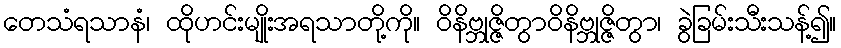
တေသံရသာနံ၊ ထိုဟင်းမျိုးအရသာတို့ကို။ ဝိနိဗ္ဘုဇ္ဇိတွာဝိနိဗ္ဘုဇ္ဇိတွာ၊ ခွဲခြမ်းသီးသန့်၍။